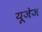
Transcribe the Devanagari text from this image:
यूजेज